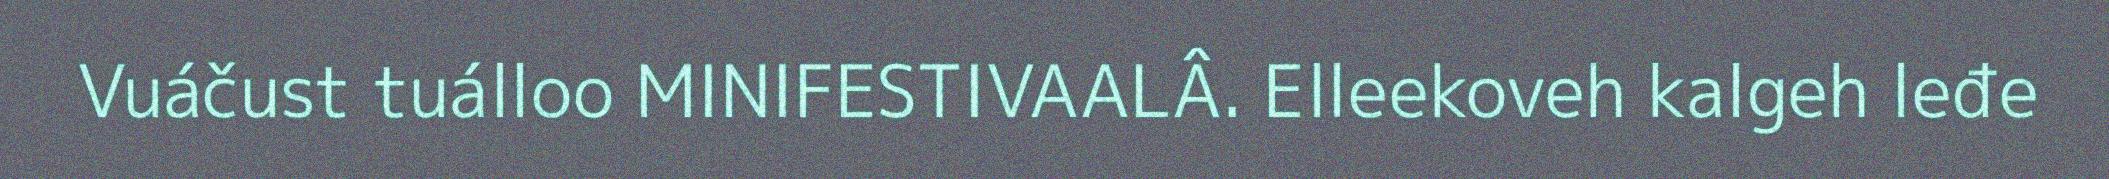
Vuáčust tuálloo MINIFESTIVAALÂ. Elleekoveh kalgeh leđe